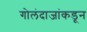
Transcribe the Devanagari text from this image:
गोलंदाजांकडून